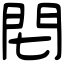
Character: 𨳍